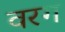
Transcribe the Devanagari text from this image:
वरग